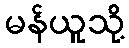
မန်ယူသို့